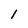
Character: 1